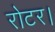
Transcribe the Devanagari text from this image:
रोटर।